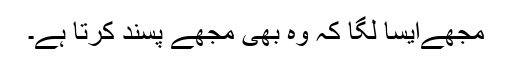
مجھےایسا لگا کہ وہ بھی مجھے پسند کرتا ہے۔